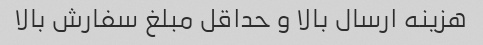
هزینه ارسال بالا و حداقل مبلغ سفارش بالا